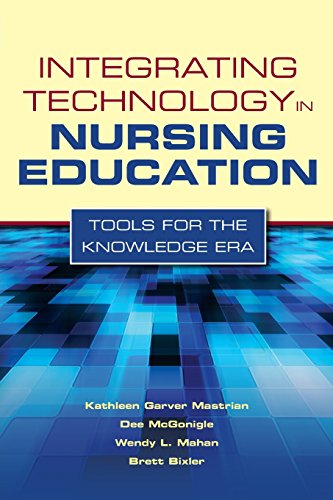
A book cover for Integrating Technology In Nursing Education: Tools For The Knowledge Era; Kathleen Mastrian; Medical Books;